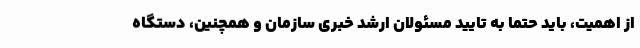
از اهمیت، باید حتما به تایید مسئولان ارشد خبری سازمان و همچنین، دستگاه